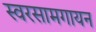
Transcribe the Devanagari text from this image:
स्वरसामगायन